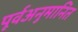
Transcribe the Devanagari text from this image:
पूर्वअनुमानित